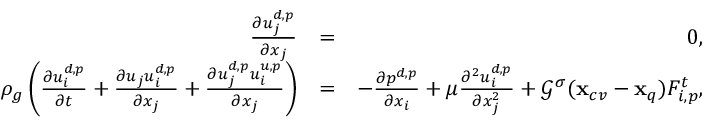
\begin{array} { r l r } { \frac { \partial u _ { j } ^ { d , p } } { \partial x _ { j } } } & { = } & { 0 , } \\ { \rho _ { g } \left( \frac { \partial u _ { i } ^ { d , p } } { \partial t } + \frac { \partial u _ { j } u _ { i } ^ { d , p } } { \partial x _ { j } } + \frac { \partial u _ { j } ^ { d , p } u _ { i } ^ { u , p } } { \partial x _ { j } } \right) } & { = } & { - \frac { \partial p ^ { d , p } } { \partial x _ { i } } + { \mu } \frac { \partial ^ { 2 } { u _ { i } ^ { d , p } } } { \partial x _ { j } ^ { 2 } } + { \mathcal G } ^ { \sigma } ( \mathbf { x } _ { c v } - \mathbf { x } _ { q } ) F _ { i , p } ^ { t } , } \end{array}